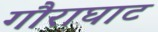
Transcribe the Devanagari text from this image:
गौराघाट